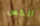
ألكس